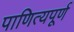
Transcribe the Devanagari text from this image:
पाणित्यपूर्ण